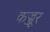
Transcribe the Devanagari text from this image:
कज्जूर